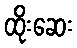
ထိုးဆေး